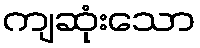
ကျဆုံးသော